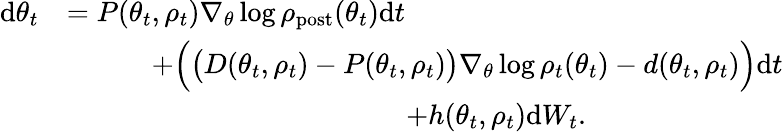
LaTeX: \begin{array}{rl}{\mathrm{d}\theta_{t}}&{=P(\theta_{t},\rho_{t})\nabla_{\theta}\log\rho_{\mathrm{post}}(\theta_{t})\mathrm{d}t}\\ &{\quad\quad\quad+\Bigl(\bigl(D(\theta_{t},\rho_{t})-P(\theta_{t},\rho_{t})\bigr)\nabla_{\theta}\log\rho_{t}(\theta_{t})-d(\theta_{t},\rho_{t})\Bigr)\mathrm{d}t}\\ &{\qquad\qquad\qquad\qquad\qquad\qquad+h(\theta_{t},\rho_{t})\mathrm{d}W_{t}.}\end{array}